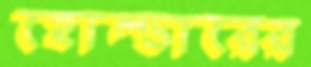
হোল্ডারের